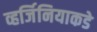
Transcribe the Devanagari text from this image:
व्हर्जिनियाकडे